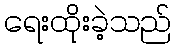
ရေးထိုးခဲ့သည်